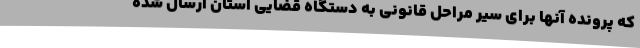
که پرونده آنها برای سیر مراحل قانونی به دستگاه قضایی استان ارسال شده